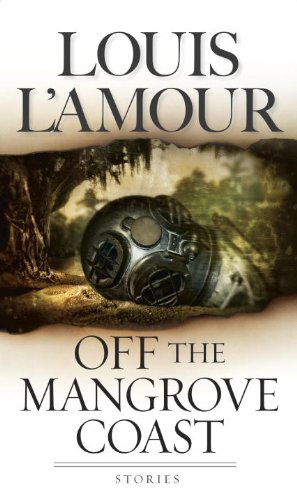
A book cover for Off the Mangrove Coast: Stories; Louis L'Amour; Literature & Fiction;